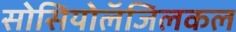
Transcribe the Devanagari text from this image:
सोसियोलॅजिलकल